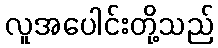
လူအပေါင်းတို့သည်